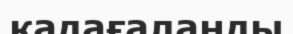
қадағаланды